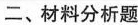
二、材料分析题